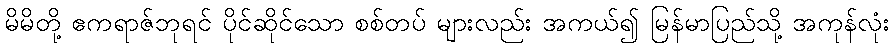
မိမိတို့ ဧကရာဇ်ဘုရင် ပိုင်ဆိုင်သော စစ်တပ် များလည်း အကယ်၍ မြန်မာပြည်သို့ အကုန်လုံး